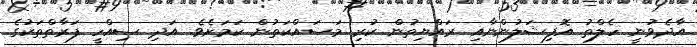
އާދެވުނީ ހެލްތު އޮފިޝަލުންނާއި ރައްޔިތުން ކުރި މަސައްކަތުން ކަމަށެވެ. އަދި ސިއްހީ ފަރާތްތަކުގެ